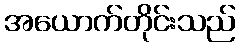
အယောက်တိုင်းသည်